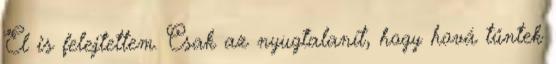
El is felejtettem. Csak az nyugtalanít, hogy hová tűntek